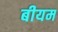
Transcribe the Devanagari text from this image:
बीयम